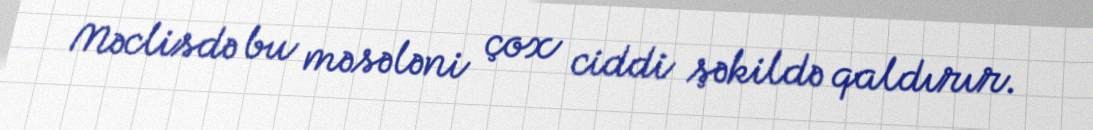
Məclisdə bu məsələni çox ciddi şəkildə qaldırır.